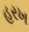
હરખ